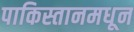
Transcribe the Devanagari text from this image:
पाकिस्तानमधून